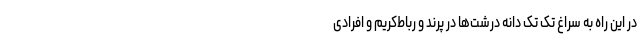
در این راه به سراغ تک تک دانه درشت‌ها در پرند و رباط‌کریم و افرادی